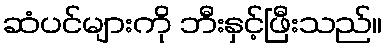
ဆံပင်များကို ဘီးနှင့်ဖြီးသည်။